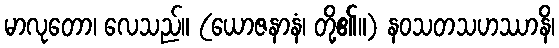
မာလုတော၊ လေသည်။ (ယောဇနာနံ၊ တို့၏။) နဝသတသဟဿာနိ၊